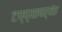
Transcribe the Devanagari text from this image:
टप्प्यापर्यंत